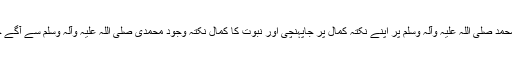
نبوت حضور سیدنا محمد صلی اللہ علیہ وآلہ وسلم پر اپنے نکتہ کمال پر جاپہنچی اور نبوت کا کمال نکتہ وجود محمدی صلی اللہ علیہ وآلہ وسلم سے آگے حرکت نہیں کرسکتا۔